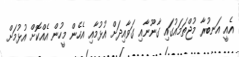
އެއީ އަނބުރާ މުޖްތަމައުގައި ގާނޫނާއި ގަވާއިދަށް އުޅުމާއި އެހެން މީހުން އެއްކޮށް އުޅުމަށް